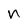
Character: n